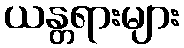
ယန္တရားများ